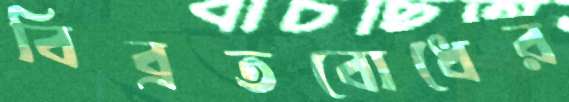
বিব্রতবোধের